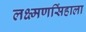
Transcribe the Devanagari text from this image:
लक्ष्मणसिंहाला